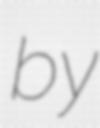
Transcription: by